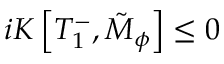
i K \left[ T _ { 1 } ^ { - } , \tilde { M } _ { \phi } \right] \leq 0